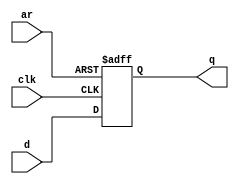
module top_module (
    input clk,
    input d, 
    input ar,  
    output q
  );
  
  always@(posedge clk or posedge ar)
  begin
      if(ar) q <= 0;
      else q <= d;
  end

endmodule